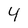
Character: 4